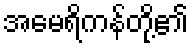
အမေရိကန်တို့၏